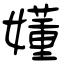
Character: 嬞